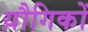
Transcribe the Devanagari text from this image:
य़ौगिकों